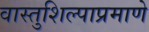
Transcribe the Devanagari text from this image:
वास्तुशिल्पाप्रमाणे